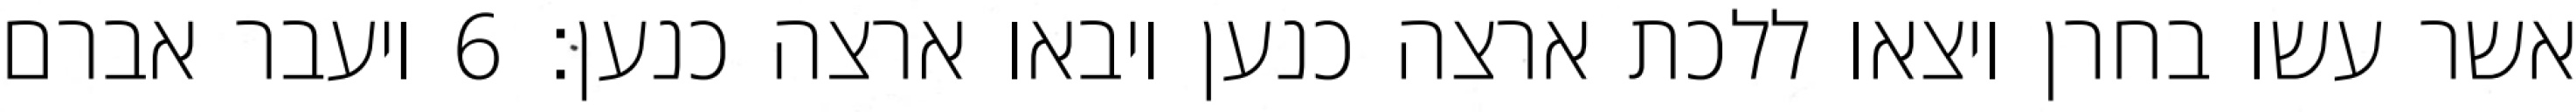
אשר עשו בחרן ויצאו ללכת ארצה כנען ויבאו ארצה כנען׃ ‎6‏ ויעבר אברם